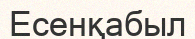
Есенқабыл